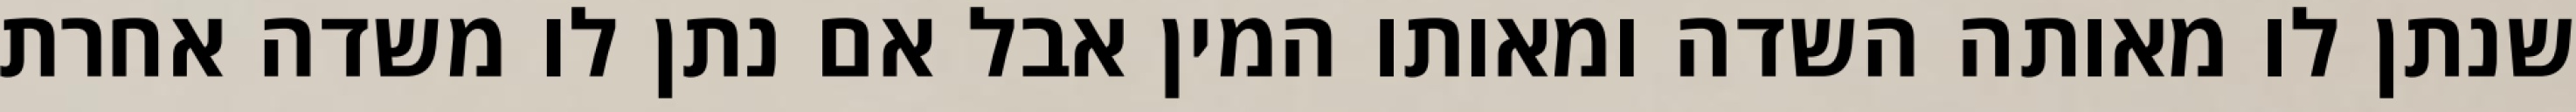
שנתן לו מאותה השדה ומאותו המין אבל אם נתן לו משדה אחרת